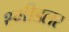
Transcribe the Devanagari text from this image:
श्मीडलर